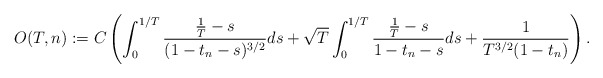
\begin{align*}O(T,n):=C \left( \int_0^{1/T} \frac{\frac{1}{T}-s}{(1-t_n-s)^{3/2} } ds+ \sqrt T \int_0^{1/T} \frac{\frac{1}{T}-s}{1-t_n-s} ds +\frac{1}{T^{3/2}(1-t_n)} \right). \end{align*}